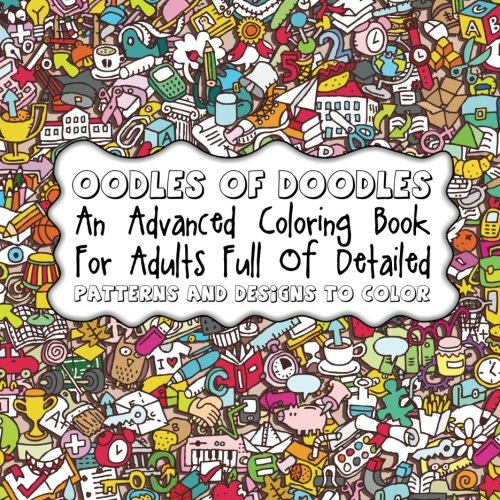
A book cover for Oodles of Doodles: An Advanced Coloring Book For Adults Full Of Detailed Patterns (Sacred Mandala Designs and Patterns Coloring Books for Adults) (Volume 38); Lilt Kids Coloring Books; Arts & Photography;